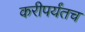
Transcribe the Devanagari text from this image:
करीपर्यंतच